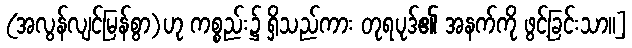
(အလွန်လျင်မြန်စွာ)ဟု ကစ္စည်း၌ ရှိသည်ကား တုရပုဒ်၏ အနက်ကို ဖွင့်ခြင်းသာ။]